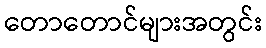
တောတောင်များအတွင်း